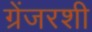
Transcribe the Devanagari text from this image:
ग्रेंजरशी